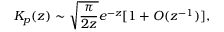
K _ { p } ( z ) \sim \sqrt { { \frac { \pi } { 2 z } } } e ^ { - z } [ 1 + O ( z ^ { - 1 } ) ] ,